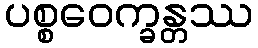
ပစ္စဝေက္ခန္တဿ